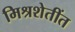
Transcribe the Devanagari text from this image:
मिश्रशेतींत